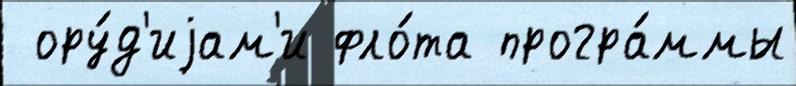
 ору́д'иjам'и фло́та програ́ммы